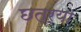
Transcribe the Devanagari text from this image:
छत्र्‍या